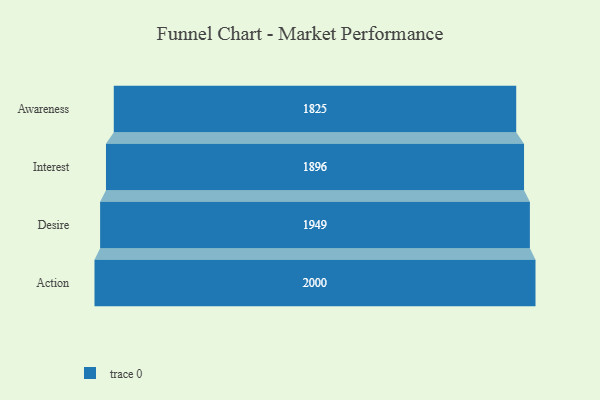
{"axis": {"x": "Stage", "y": "Value"}, "legend": [""], "data": [{"x": "Awareness", "y": 1825.0, "type": ""}, {"x": "Interest", "y": 1896.0, "type": ""}, {"x": "Desire", "y": 1949.0, "type": ""}, {"x": "Action", "y": 2000, "type": ""}]}